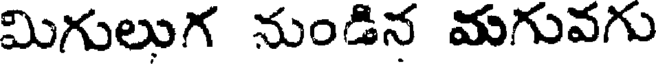
మిగులుగ నుండిన మగువగు